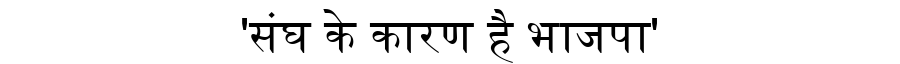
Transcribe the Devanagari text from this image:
'संघ के कारण है भाजपा'